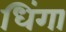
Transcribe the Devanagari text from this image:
धिंगा